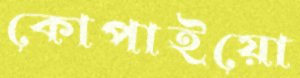
কোপাইয়ো